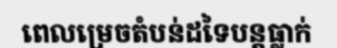
ពេលម្រេចតំបន់ដទៃបន្តធ្លាក់